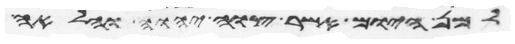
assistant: למן היום אשר צוה יהוה והלאה